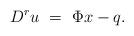
LaTeX: \begin{align*}D^r { u} ~=~ \Phi x - { q}.\end{align*}